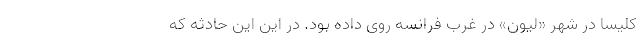
کلیسا در شهر «لیون» در غرب فرانسه روی داده بود. در این این حادثه که